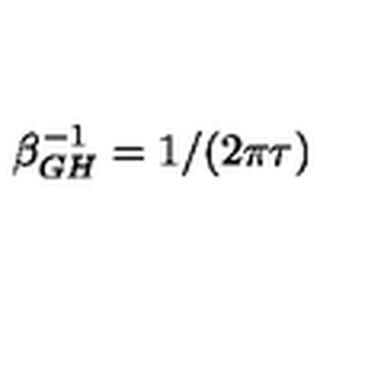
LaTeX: \beta _ { G H } ^ { - 1 } = 1 / ( 2 \pi \tau )